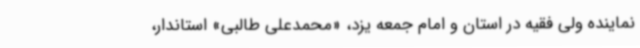
نماینده ولی فقیه در استان و امام جمعه یزد، «محمدعلی طالبی» استاندار،